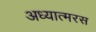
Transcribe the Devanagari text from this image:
अध्यात्मरस